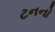
ટનનો